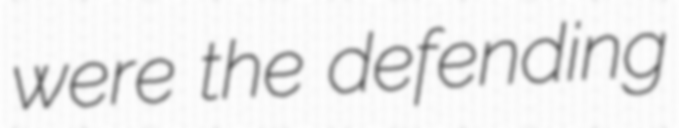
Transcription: were the defending